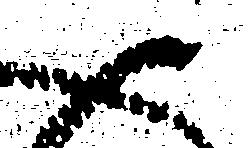
御